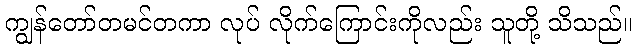
ကျွန်တော်တမင်တကာ လုပ် လိုက်ကြောင်းကိုလည်း သူတို့ သိသည်။